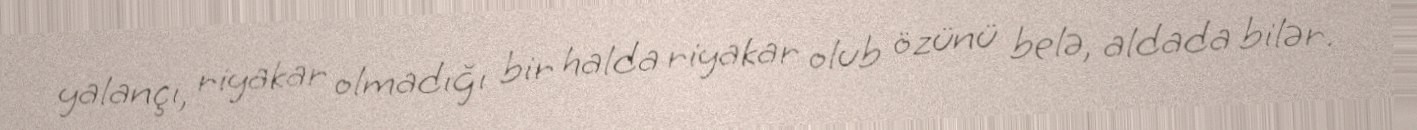
yalançı, riyakar olmadığı bir halda riyakar olub özünü belə, aldada bilər.